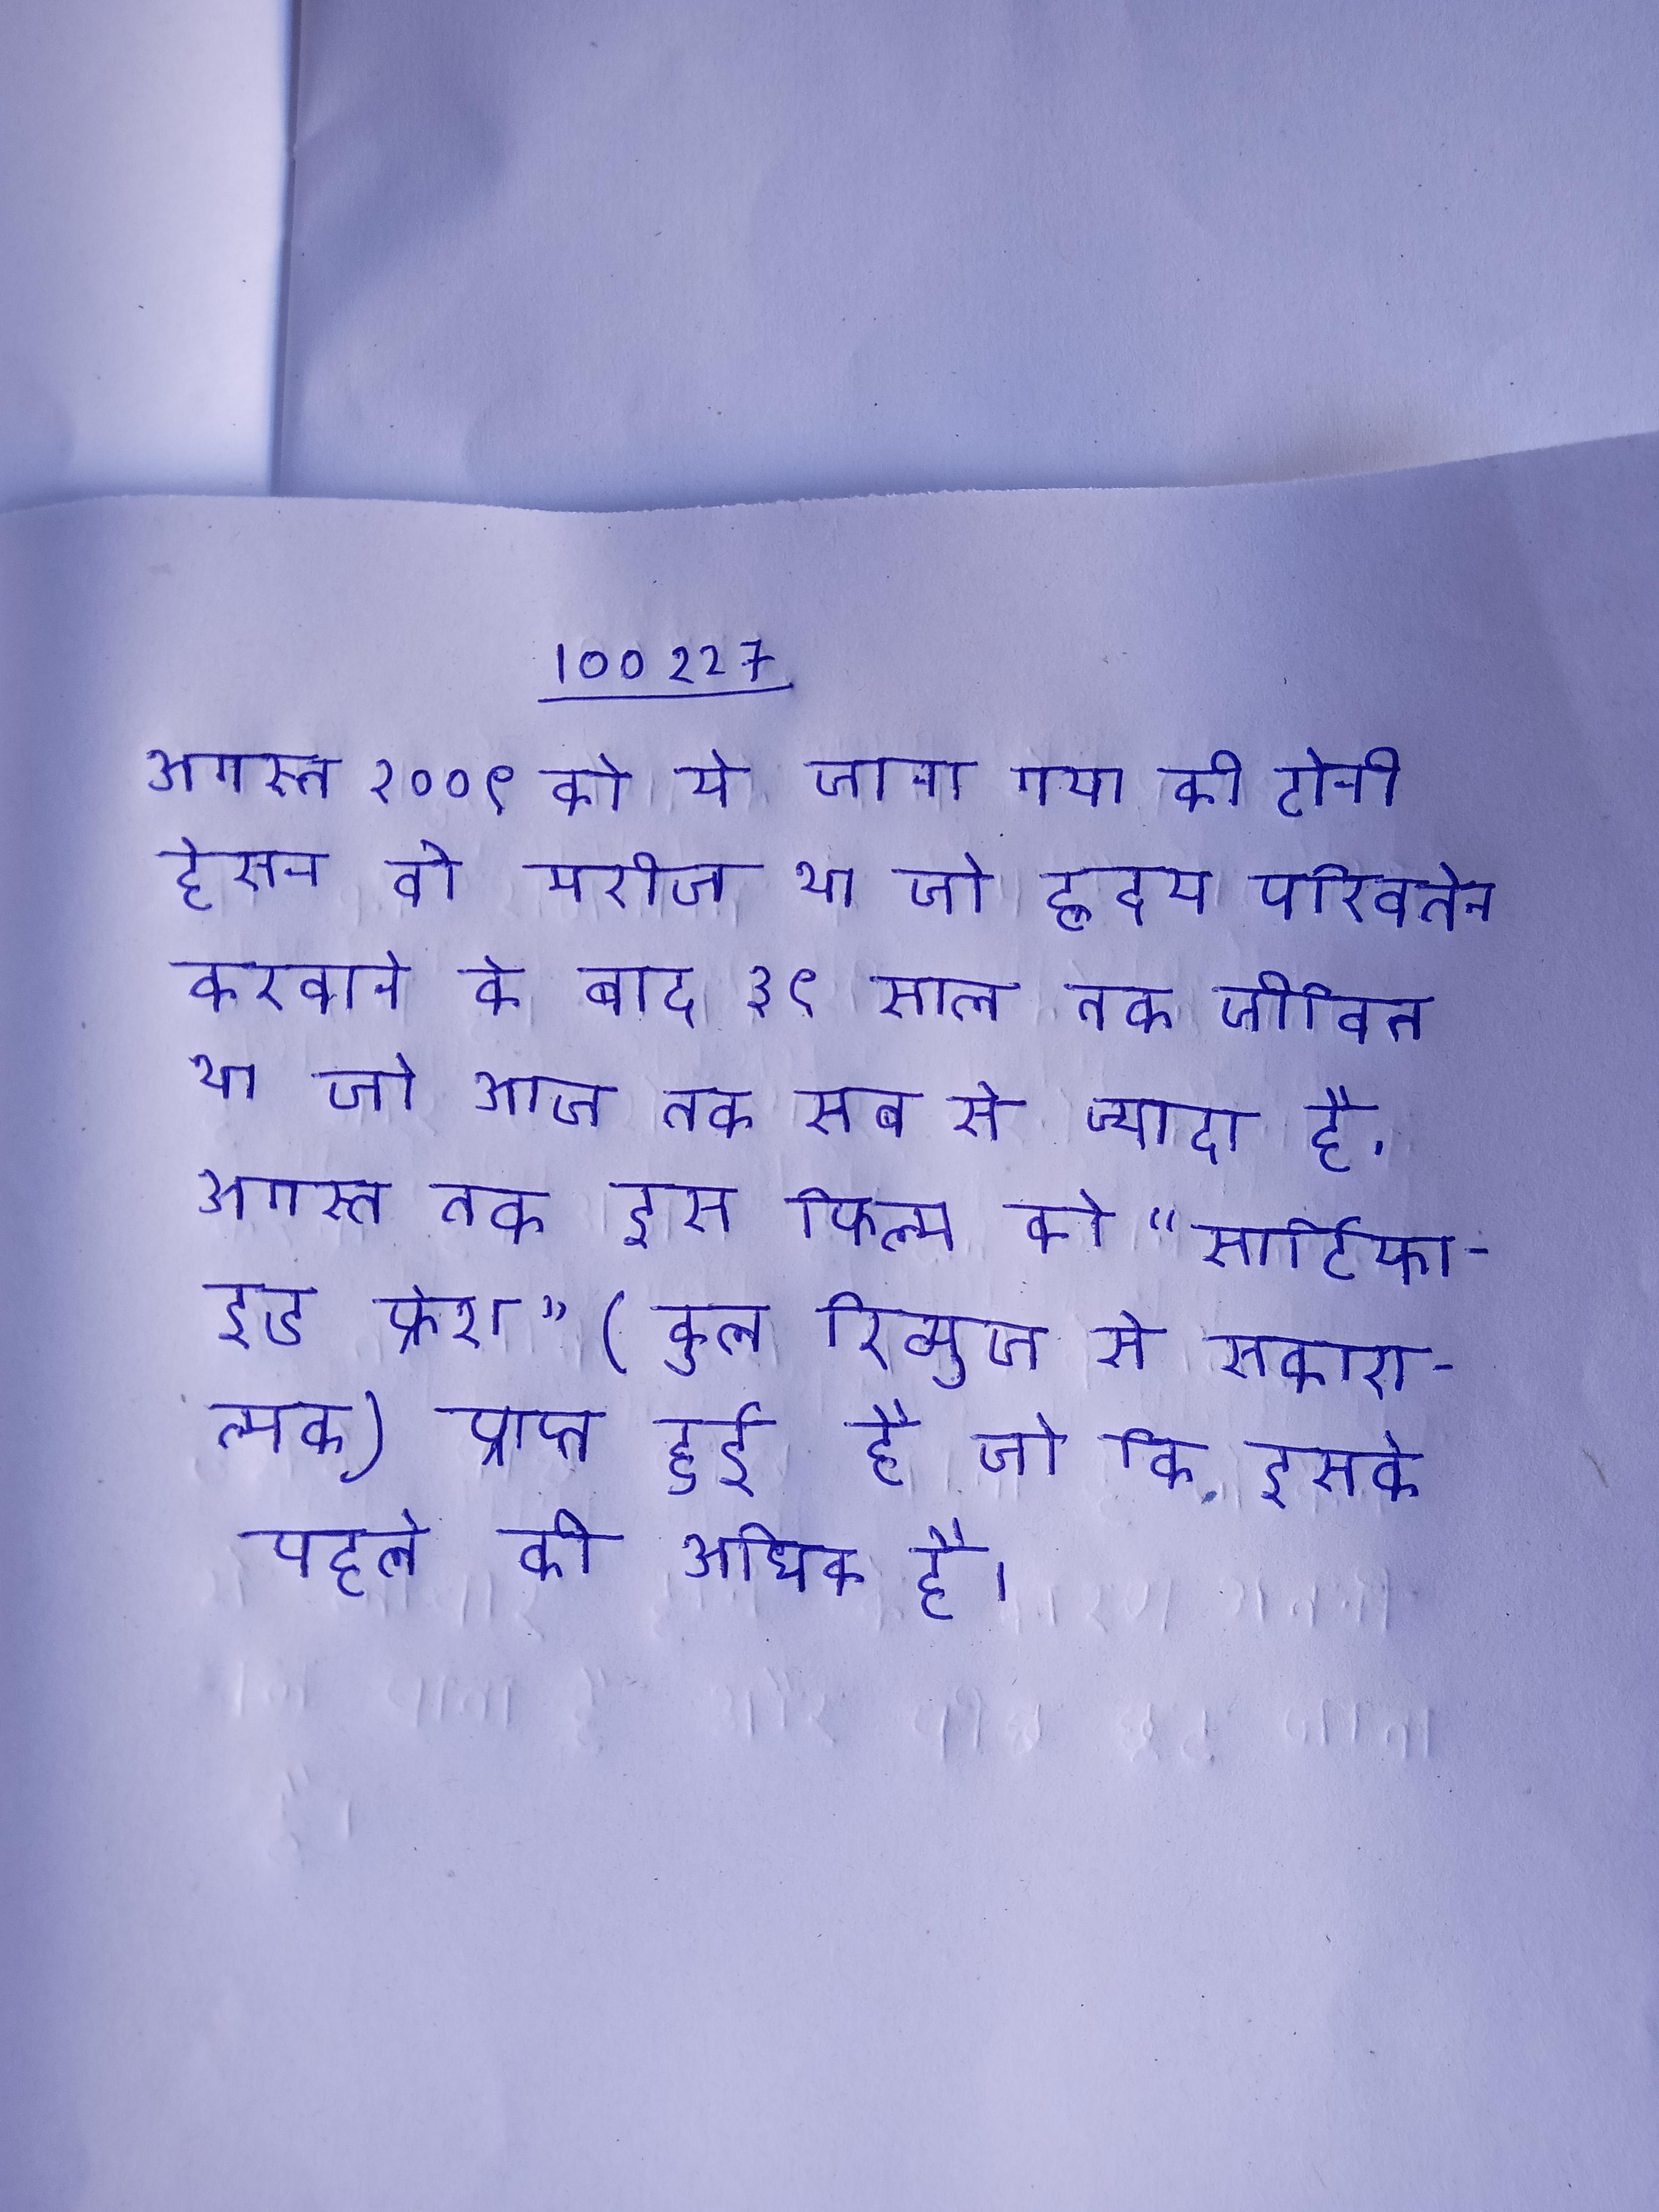
अगस्त २००९ को ये जाना गया की टोनी हेस्मन वो मरीज था जो ह्रदय परिवर्तन करवाने के बाद ३१ साल तक जीवित था जो आज तक सब से ज्यादा है . अगस्त तक इस फिल्म को "सर्टिफाइड फ्रेश" (कुल रिव्यूज से सकारात्मक) प्राप्त हुई है जो कि इसके पहले की से अधिक है ।